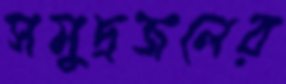
সমুদ্রজলের